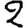
Digit: 2